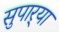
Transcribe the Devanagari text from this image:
सुपार्‍या